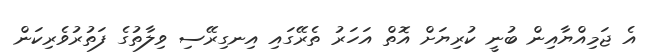
އެ ޖަމިއްޔާއިން ބުނީ ކުރިޔަށް އޮތް އަހަރު ތެރޭގައި އިނގިރޭސި ވިލާތުގެ ފަތުރުވެރިކަން